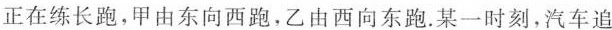
正在练长跑，甲由东向西跑，乙由西向东跑。某一时刻，汽车追